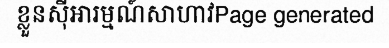
ខ្លួនស៊ីអារម្មណ៍សាហាវPage generated